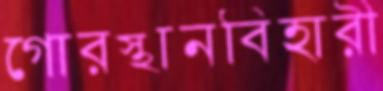
গোরস্থানবিহারী